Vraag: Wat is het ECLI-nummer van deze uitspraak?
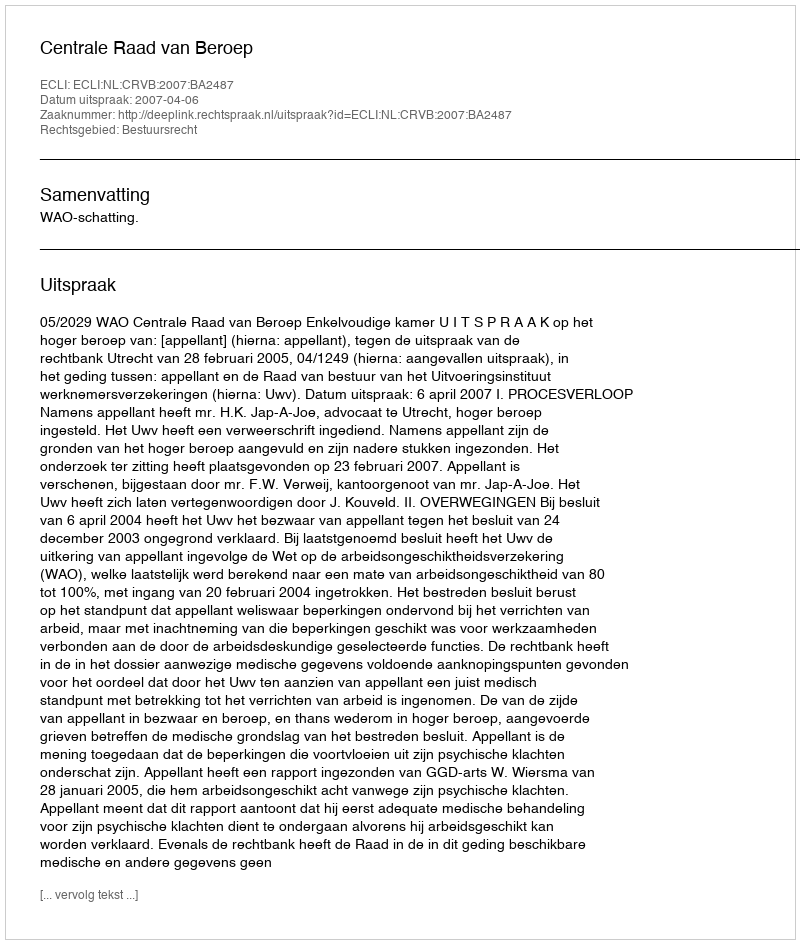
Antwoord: ECLI:NL:CRVB:2007:BA2487